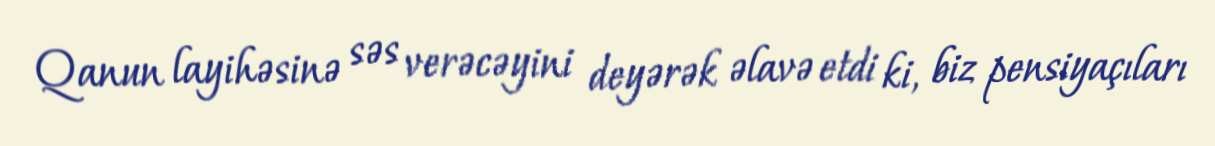
Qanun layihəsinə səs verəcəyini deyərək əlavə etdi ki, biz pensiyaçıları